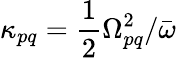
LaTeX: \kappa_{pq}=\frac{1}{2}\Omega_{pq}^{2}/\bar{\omega}